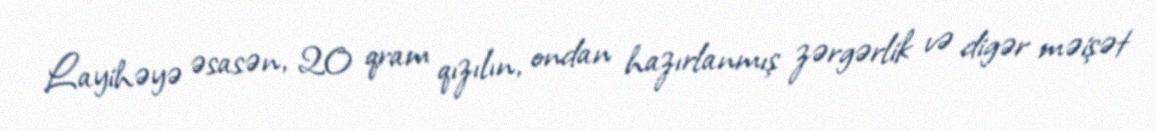
Layihəyə əsasən, 20 qram qızılın, ondan hazırlanmış zərgərlik və digər məişət